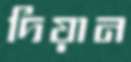
দিয়ান